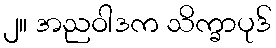
၂။ အညဝါဒက သိက္ခာပုဒ်